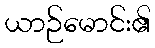
ယာဉ်မောင်း၏